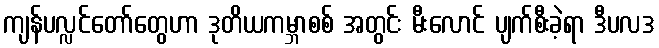
ကျန်ပလ္လင်တော်တွေဟာ ဒုတိယကမ္ဘာစစ် အတွင်း မီးလောင် ပျက်စီးခဲ့ရာ ဒီပလဒ